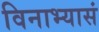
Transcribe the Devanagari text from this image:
विनाभ्यासं